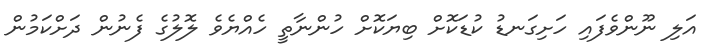
އަލި ނޫންވެފައި ހަށިގަނޑު ކުޑަކޮށް ބިޔަކޮށް ހުންނާތީ ހެއްޔެވެ ލޮލުގެ ފެނުން ދަށްކަމުން